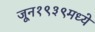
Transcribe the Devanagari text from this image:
जून१९३९मध्ये